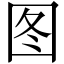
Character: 图